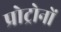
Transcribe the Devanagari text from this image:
प्रोट्रोनों